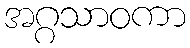
အဂ္ဂသာဝကာ